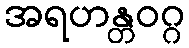
အရဟန္တဝဂ္ဂ